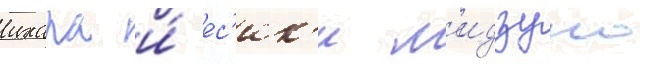
ихара и́ ес'ик'и м'идзуно